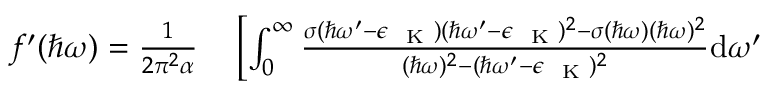
\begin{array} { r l } { f ^ { \prime } ( \hbar \omega ) = \frac { 1 } { 2 \pi ^ { 2 } \alpha } } & { { } \left[ \int _ { 0 } ^ { \infty } \frac { \sigma ( \hbar \omega ^ { \prime } - \epsilon _ { \mathrm { ~ \tiny ~ K ~ } } ) ( \hbar \omega ^ { \prime } - \epsilon _ { \mathrm { ~ \tiny ~ K ~ } } ) ^ { 2 } - \sigma ( \hbar \omega ) ( \hbar \omega ) ^ { 2 } } { ( \hbar \omega ) ^ { 2 } - ( \hbar \omega ^ { \prime } - \epsilon _ { \mathrm { ~ \tiny ~ K ~ } } ) ^ { 2 } } \mathrm { d } \omega ^ { \prime } \right. } \end{array}